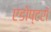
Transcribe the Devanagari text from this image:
एडोप्टरों